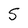
Character: S